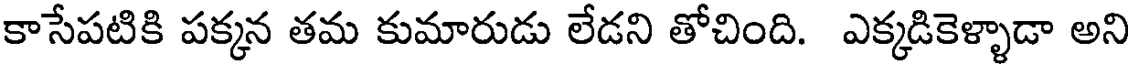
కాసేపటికి పక్కన తమ కుమారుడు లేడని తోచింది. ఎక్కడికెళ్ళాడా అని